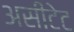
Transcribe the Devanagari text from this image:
असीटेट